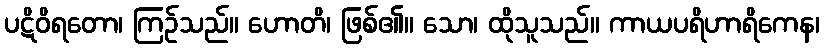
ပဋိဝိရတော၊ ကြဉ်သည်။ ဟောတိ၊ ဖြစ်၏။ သော၊ ထိုသူသည်။ ကာယပရိဟာရိကေန၊